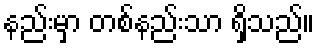
နည်းမှာ တစ်နည်းသာ ရှိသည်။